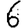
Digit: 6